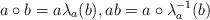
LaTeX: \begin{align*} a\circ b=a\lambda_a(b), ab=a\circ\lambda_a^{-1}(b) \end{align*}